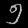
Digit: ၅